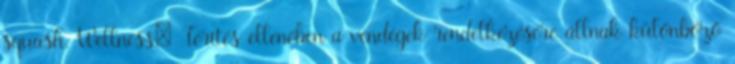
squash. Wellness: Térítés ellenében a vendégek rendelkezésére állnak különböző